Report on vaccination in the Province of Bengal - 1874-1889
Year: 1874
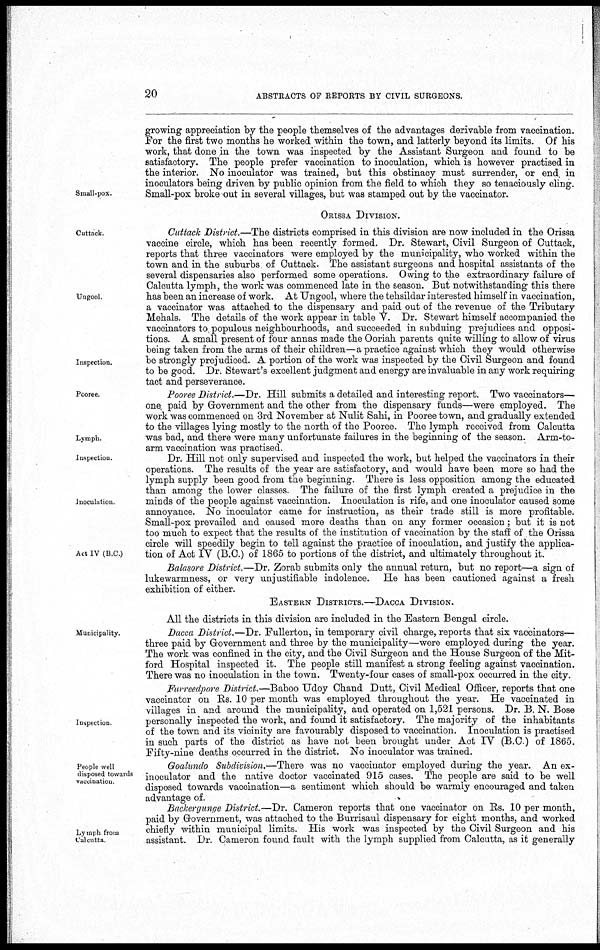
20
ABSTRACTS OF REPORTS BY CIVIL SURGEONS.
Small-pox.
growing appreciation by the people themselves of the advantages derivable from vaccination.
For the first two months he worked within the town, and latterly beyond its limits. Of his
work, that done in the town was inspected by the Assistant Surgeon and found to be
satisfactory. The people prefer vaccination to inoculation, which is however practised in
the interior. No inoculator was trained, but this obstinacy must surrender, or end, in
inoculators being driven by public opinion from the field to which they so tenaciously cling.
Small-pox broke out in several villages, but was stamped out by the vaccinator.
ORISSA DIVISION.
Cuttack
Ungool
Inspection.
Cuttack District.—The districts comprised in this division are now included in the Orissa
vaccine circle, which has been recently formed. Dr. Stewart, Civil Surgeon of Cuttack,
reports that three vaccinators were employed by the municipality, who worked within the
town and in the suburbs of Cuttack. The assistant surgeons and hospital assistants of the
several dispensaries also performed some operations. Owing to the extraordinary failure of
Calcutta lymph, the work was commenced late in the season. But notwithstanding this there
has been an increase of work. At Ungool, where the tehsildar interested himself in vaccination,
a vaccinator was attached to the dispensary and paid out of the revenue of the Tributary
Mehals. The details of the work appear in table V. Dr. Stewart himself accompanied the
vaccinators to populous neighbourhoods, and succeeded in subduing prejudices and opposi-
tions. A small present of four annas made the Ooriah parents quite willing to allow of virus
being taken from the arms of their children—a practice against which they would otherwise
be strongly prejudiced. A portion of the work was inspected by the Civil Surgeon and found
to be good. Dr. Stewart's excellent judgment and energy are invaluable in any work requiring
tact and perseverance.
Pooree.
Lymph
Pooree District.—Dr. Hill submits a detailed and interesting report. Two vaccinators—
one paid by Government and the other from the dispensary funds—were employed. The
work was commenced on 3rd November at Nulit Sahi, in Pooree town, and gradually extended
to the villages lying mostly to the north of the Pooree. The lymph received from Calcutta
was bad, and there were many unfortunate failures in the beginning of the season. Arm-to-
arm vaccination was practised.
Inspection.
Inoculation
Act IV (B C.)
Dr. Hill not only supervised and inspected the work, but helped the vaccinators in their
operations. The results of the year are satisfactory, and would have been more so had the
lymph supply been good from the beginning. There is less opposition among the educated
than among the lower classes. The failure of the first lymph created a prejudice in the
minds of the people against vaccination. Inoculation is rife, and one inoculator caused some
annoyance. No inoculator came for instruction, as their trade still is more profitable.
Small-pox prevailed and caused more deaths than on any former occasion; but it is not
too much to expect that the results of the institution of vaccination by the staff of the Orissa
circle will speedily begin to tell against the practice of inoculation, and justify the applica-
tion of Act IV (B.C.) of 1865 to portions of the district, and ultimately throughout it.
Balasore District.—Dr. Zorab submits only the annual return, but no report—a sign of
lukewarmness, or very unjustifiable indolence. He has been cautioned against a fresh
exhibition of either.
EASTERN DISTRICTS.—DACCA DIVISION.
All the districts in this division are included in the Eastern Bengal circle.
Municipality.
Dacca District.—Dr. Fullerton, in temporary civil charge, reports that six vaccinators—
three paid by Government and three by the municipality—were employed during the year.
The work was confined in the city, and the Civil Surgeon and the House Surgeon of the Mit-
ford Hospital inspected it. The people still manifest a strong feeling against vaccination.
There was no inoculation in the town. Twenty-four cases of small-pox occurred in the city.
Inspection
Furreedpore District.—Baboo Udoy Chand Dutt, Civil Medical Officer, reports that one
vaccinator on Rs. 10 per month was employed throughout the year. He vaccinated in
villages in and around the municipality, and operated on 1,521 persons. Dr. B. N. Bose
personally inspected the work, and found it satisfactory. The majority of the inhabitants
of the town and its vicinity are favourably disposed to vaccination. Inoculation is practised
in such parts of the district as have not been brought under Act IV (B.C ) of 1865.
Fifty-nine deaths occurred in the district. No inoculator was trained.
People well
disposed towards
vaccination
Goalundo Subdivision.—There was no vaccinator employed during the year. An ex-
inoculator and the native doctor vaccinated 915 cases. The people are said to be well
disposed towards vaccination—a sentiment which should be warmly encouraged and taken
advantage of.
Lymph from
Calcutta
Backergunge District.—Dr. Cameron reports that one vaccinator on Rs. 10 per month,
paid by Government, was attached to the Burrisaul dispensary for eight months, and worked
chiefly within municipal limits. His work was inspected by the Civil Surgeon and his
assistant. Dr. Cameron found fault with the lymph supplied from Calcutta, as it generally